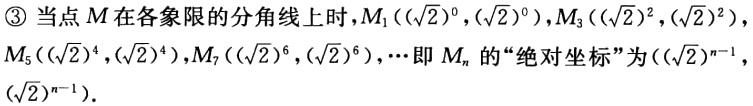
\textcircled{3} 当点 \(M\) 在各象限的分角线上时，\(M_{1}(\sqrt{2}^{0},\sqrt{2}^{0})\)，\(M_{3}(\sqrt{2}^{2},\sqrt{2}^{2})\)，\(M_{5}(\sqrt{2}^{4},\sqrt{2}^{4})\)，\(M_{7}(\sqrt{2}^{6},\sqrt{2}^{6})\)，\(\cdots\) 即 \(M_{n}\) 的“绝对坐标”为\((\sqrt{2}^{n - 1},\sqrt{2}^{n - 1})\)。